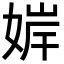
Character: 婩